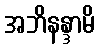
အဘိနန္ဒာမိ